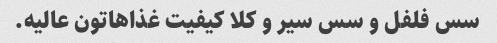
سس فلفل و سس سیر و کلا کیفیت غذاهاتون عالیه.